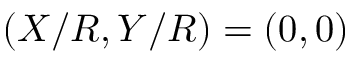
( X / R , Y / R ) = ( 0 , 0 )